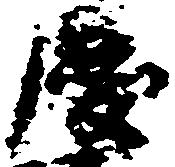
慶